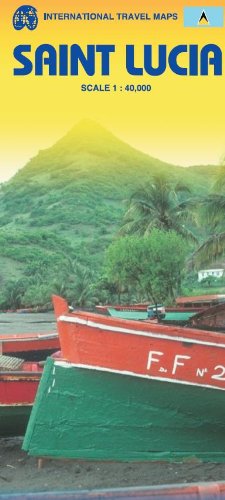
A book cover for Saint Lucia 1:40,000 Travel Map (International Travel Maps); ITMB Publishing Ltd.; Travel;